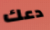
دعك